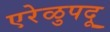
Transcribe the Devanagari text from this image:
एरेळुपदू